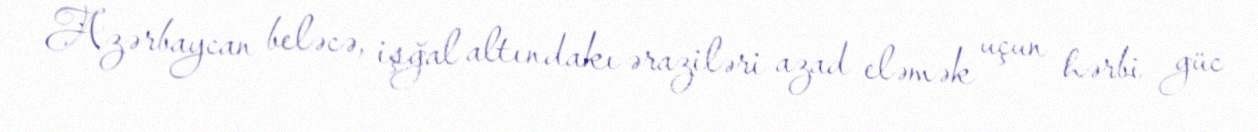
Azərbaycan beləcə, işğal altındakı əraziləri azad eləmək uçun hərbi güc